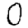
Digit: 0